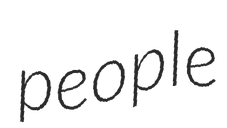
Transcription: people